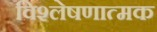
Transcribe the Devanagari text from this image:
विश्‍लेषणात्‍मक